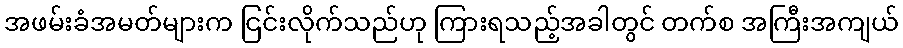
အဖမ်းခံအမတ်များက ငြင်းလိုက်သည်ဟု ကြားရသည့်အခါတွင် တက်စ အကြီးအကျယ်